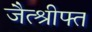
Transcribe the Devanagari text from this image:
जैत्श्रीफ्त